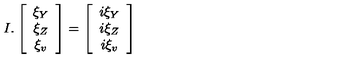
I . \left[ \begin{array} { c } { \xi _ { Y } } \\ { \xi _ { Z } } \\ { \xi _ { v } } \\ \end{array} \right] = \left[ \begin{array} { c } { i \xi _ { Y } } \\ { i \xi _ { Z } } \\ { i \xi _ { v } } \\ \end{array} \right]